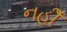
નહીઁ